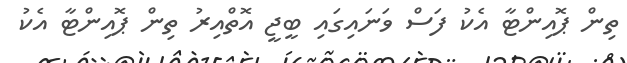
ތިން ޕޮއިންޓާ އެކު ފަސް ވަނައިގައި ބީޖީ އޮތްއިރު ތިން ޕޮއިންޓާ އެކު